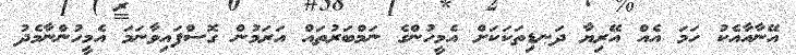
އޭނާއާއެކު ހަމަ އެއް އޭރިޔާ ދަނޑިތަކަކަށް އެމީހުންގެ ނަމްބަރުތައް އަރަމުން ގޮސްފައިވާނަމަ އެމީހުންނާމެދު